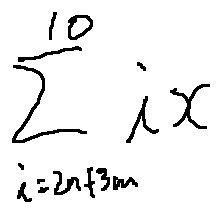
\sum \limits _ { i = 2 n + 3 m } ^ { 1 0 } i x